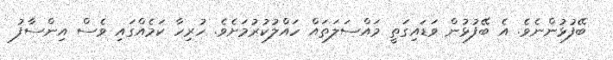
ބޭފުޅުންނެވެ. އެ ބޭފުޅުން ވަޑައިގަތީ މައްސަލަތައް ހައްލުކުރުމަށެވެ. ހުރިހާ ކަމެއްގައި ވެސް އިންސާފު